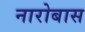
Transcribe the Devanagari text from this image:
नारोबास